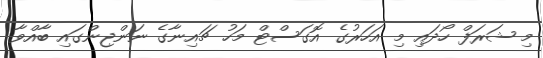
މި ޝަރަފް ހޯދައި މި އަހަރުގެ އޮގަސްޓް މަހު ޗައިނާގެ ނަންޖިންގައި ބާއްވާ